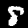
Digit: 8